Civil Veterinary Dept. Assam report 1911-1927 - 1911-1927
Year: 1911
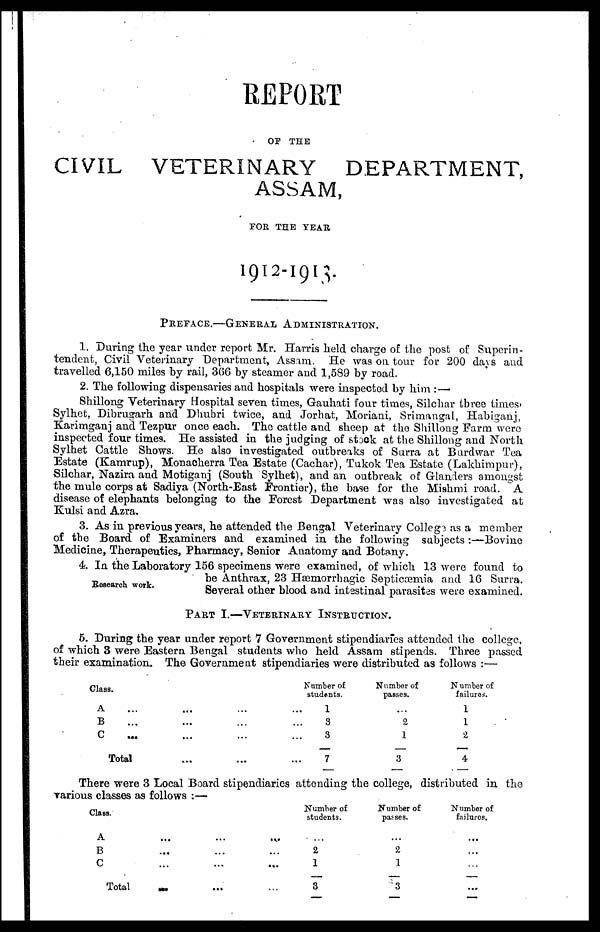
REPORT
OF THE
CIVIL VETERINARY
DEPARTMENT,
ASSAM,
FOR THE YEAR
1912-1913.
PREFACE.—GENERAL ADMINISTRATION.
1. During the year under report Mr. Harris held charge of the post of Superin-
tendent, Civil Veterinary Department, Assam. He was on tour for 200 days and
travelled 6,150 miles by rail, 3(56 by steamer and 1,589 by road.
2. The following dispensaries and hospitals were inspected by him :—
Shillong Veterinary Hospital seven times, Gauhati four times, Silchar three times,
Sylhet, Dibrugarh and Dhubri twice, and Jorhat, Moriani, Srimangal, Habiganj,
Karimganj and Tezpur once each. The cattle and sheep at the Shillong Farm were
inspected four times. He assisted in the judging of stock at the Shillong and North
Sylhet Cattle Shows. He also investigated outbreaks of Surra at Burdwar Tea
Estate (Kamrup), Monacherra Tea Estate (Cachar), Tukok Tea Estate (Lakhimpur),
Silchar, Nazira and Motiganj (South Sylhet), and an outbreak of Glanders amongst
the mule corps at Sadiya (North-East Frontier), the base for the Mishmi road. A
disease of elephants belonging to the Forest Department was also investigated at
Kulsi and Azra.
3. As in previous years, he attended the Bengal Veterinary Colleg3 as a member
of the Board of Examiners and examined in the following subjects -.—Bovine
Medicine, Therapeutics, Pharmacy, Senior Anatomy and Botany.
4. In the Laboratory 156 specimens were examined, of which 13 were found to
be Anthrax, 23 Hæmorrhagic Septicæcmia and 16 Surra.
Research work.
Several other blood and intestinal parasites were examined.
PART I.—VETERINARY INSTRUCTION.
5. During the year under report 7 Government stipendiaries attended the college,
of which 3 were Eastern Bengal students who held Assam stipends. Three passed
their examination. The Government stipendiaries were distributed as follows :—
Class
Class.
A
B ...
C ...
Total
...
...
...
...
...
...
...
Number of
students.
1
3
3
7
Number of
passes.
2
1
3
Number of
failures.
1
1
2
4
There were 3 Local Board stipendiaries attending the college, distributed in the
various classes as follows :—
Class.
A
B
C
Total
...
...
...
MM
...
...
...
...
...
...
...
...
Number of
students.
...
2
1
3
Number of
passes.
...
2
1
3
Number of
failures.
...
...
...